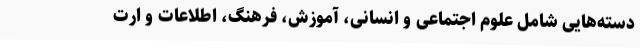
دسته‌هایی شامل علوم اجتماعی و انسانی، آموزش، فرهنگ، اطلاعات و ارت